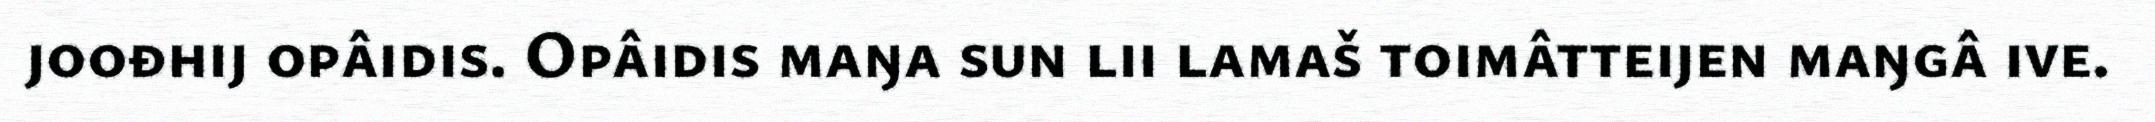
joođhij opâidis. Opâidis maŋa sun lii lamaš toimâtteijen maŋgâ ive.